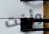
وأخت